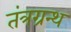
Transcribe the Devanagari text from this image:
तंत्रग्रन्थ